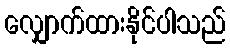
လျှောက်ထားနိုင်ပါသည်